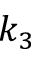
k _ { 3 }